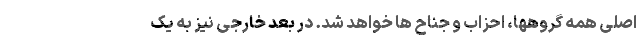
اصلی همه گروهها، احزاب و جناح ها خواهد شد. در بُعد خارجی نیز به یک